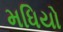
મધિયો